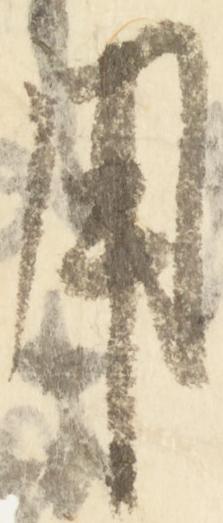
用